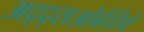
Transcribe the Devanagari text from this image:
अद्द्सओर्बतिवे